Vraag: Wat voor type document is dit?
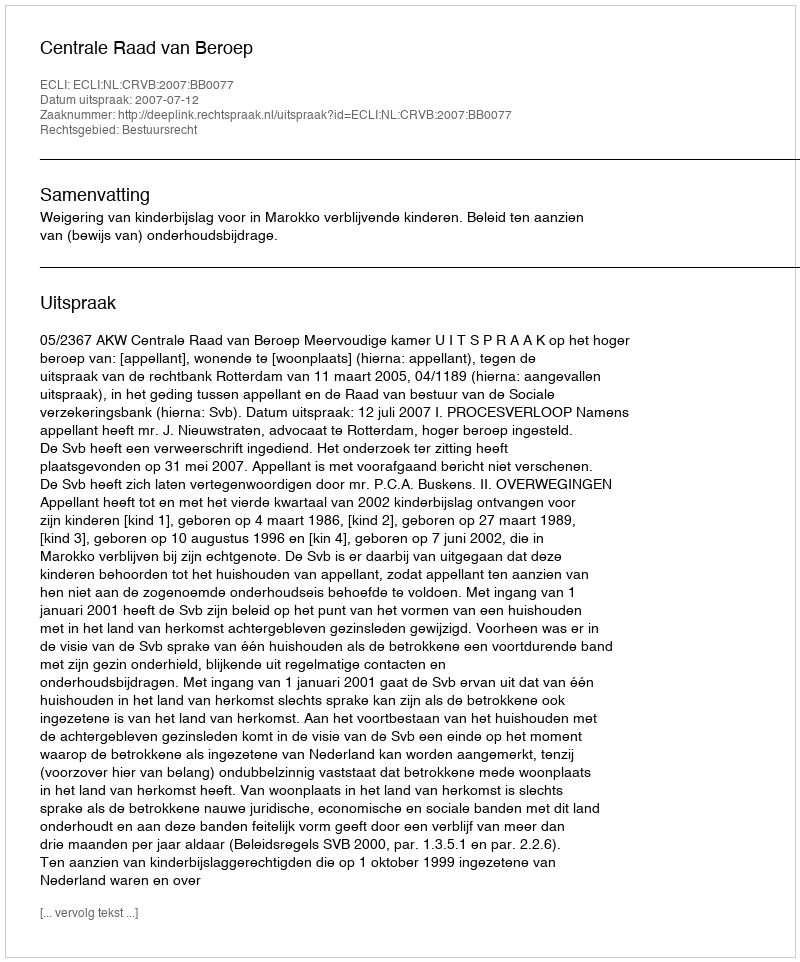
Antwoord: Uitspraak